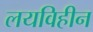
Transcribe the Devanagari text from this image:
लयविहीन